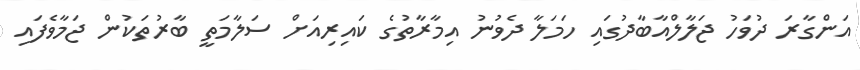
އަންގާރަ ދުވަހު ޖަލާލްއާބާދުގައި ހަމަލާ ދެވުނު އިމާރާތުގެ ކައިރިއަށް ސަލާމަތީ ބާރުތަކުން ޖަމާވެފައި